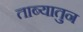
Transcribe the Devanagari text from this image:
ताब्यातुन